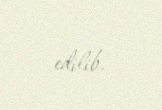
edilib.